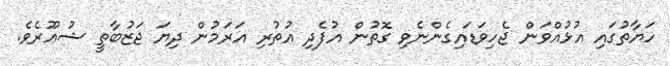
ހަޔާތުގައި އުޅުއްވަން ޖެހިވަޑައިގެންނެވި ގޮތުން އުފެދި އުތުރި އަރަމުން ދިޔަ ޖަޒުބާތީ ޝުޢޫރެވެ.